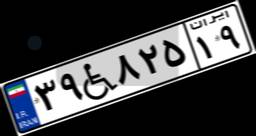
۷۷W۱۵۴۳۰